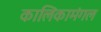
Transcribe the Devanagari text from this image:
कालिकामंगल